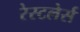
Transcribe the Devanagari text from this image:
रेस्टलेर्स